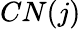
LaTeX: CN(j)